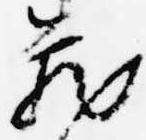
蔵